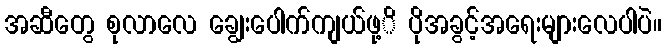
အဆီတွေ စုလာလေ ချွေးပေါက်ကျယ်ဖု့ိ ပိုအခွင့်အရေးများလေပါပဲ။